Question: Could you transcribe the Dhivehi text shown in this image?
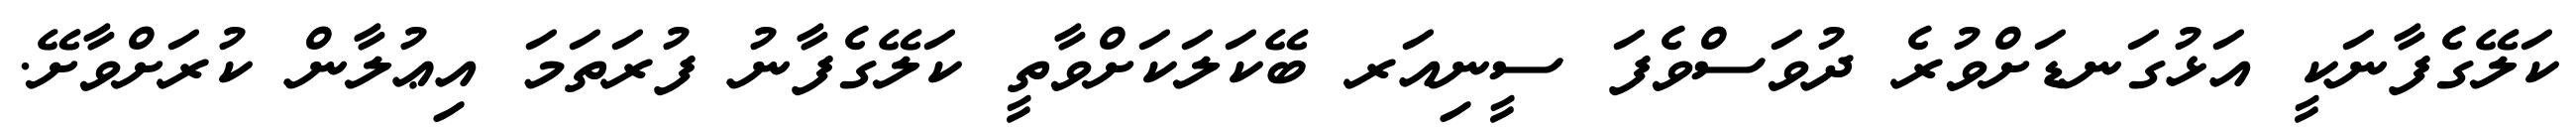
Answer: ކަލޭގެފާނަކީ އަޅުގަނޑަށްވުރެ ދުވަސްވެފަ ސީނިއަރ ބޭކަލަކަށްވާތީ ކަލޭގެފާނު ފުރަތަމަ އިޢުލާން ކުރަށްވާށޭ.